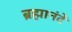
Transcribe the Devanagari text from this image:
ब्रह्मानंदें